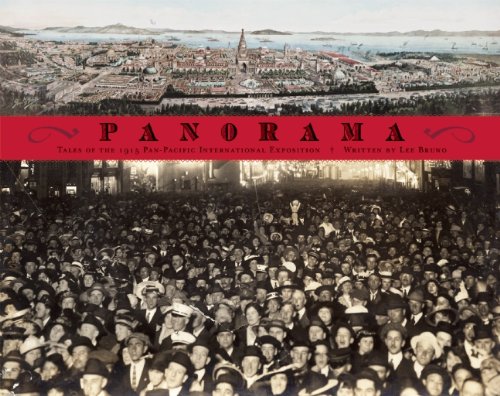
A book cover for Panorama: Tales from San Francisco's 1915 Pan-Pacific International Exposition; Lee Bruno; History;